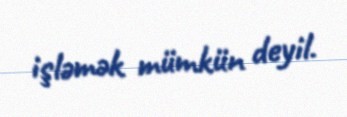
işləmək mümkün deyil.